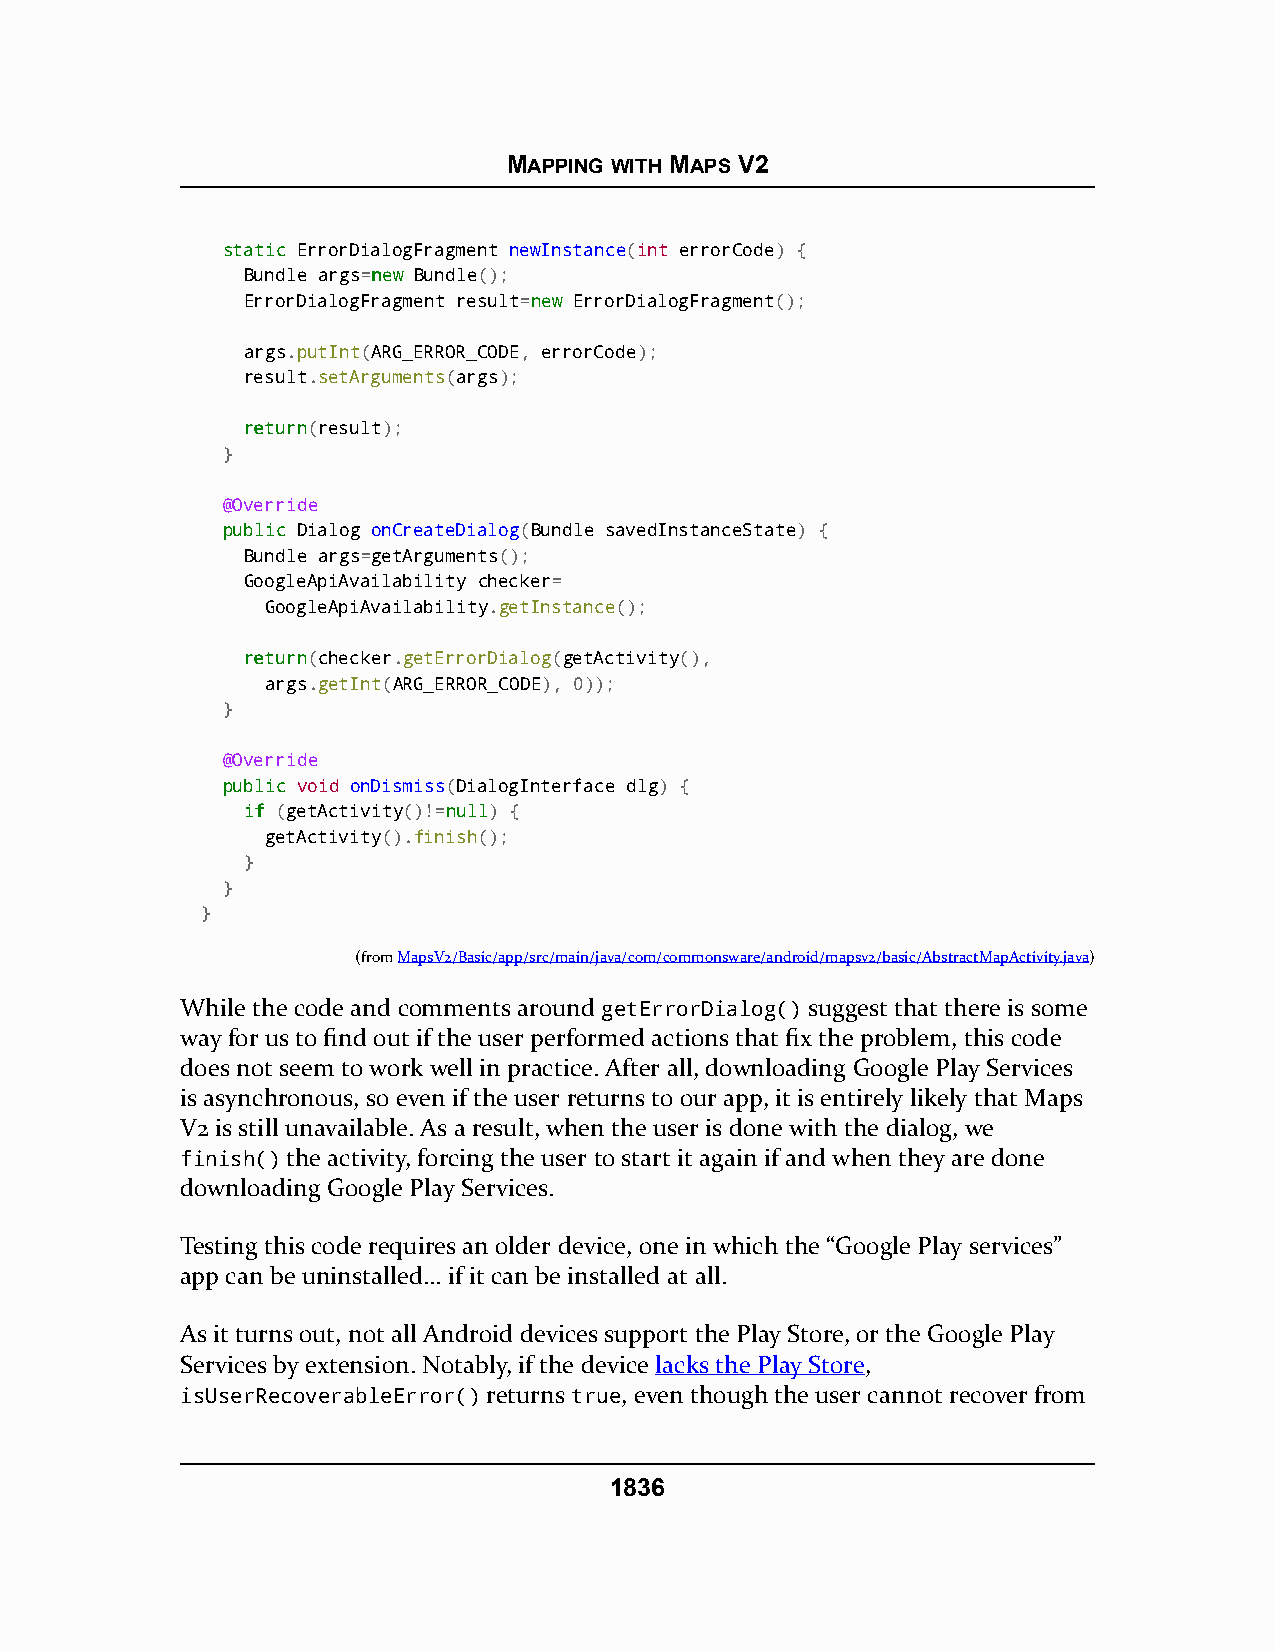
MAPPING WITH MAPS V2
 ssttaattiicc ErrorDialogFragment newInstance(int errorCode) {
 Bundle args=nneeww Bundle();
 ErrorDialogFragment result=nneeww ErrorDialogFragment();
 args.putInt(ARG_ERROR_CODE, errorCode);
 result.setArguments(args);
 rreettuurrnn(result);
 }
 @Override
 ppuubblliicc Dialog onCreateDialog(Bundle savedInstanceState) {
 Bundle args=getArguments();
 GoogleApiAvailability checker=
 GoogleApiAvailability.getInstance();
 rreettuurrnn(checker.getErrorDialog(getActivity(),
 args.getInt(ARG_ERROR_CODE), 0));
 }
 @Override
 ppuubblliicc void onDismiss(DialogInterface dlg) {
 iiff (getActivity()!=nnuullll) {
 getActivity().finish();
 }
 }
 }
 (fromMapsV2/Basic/app/src/main/java/com/commonsware/android/mapsv2/basic/AbstractMapActivity.java)
 While the code and comments around getErrorDialog() suggest that there is some
 way for us to find out if the user performed actions that fix the problem, this code
 does not seem to work well in practice. After all, downloading Google Play Services
 is asynchronous, so even if the user returns to our app, it is entirely likely that Maps
 V2 is still unavailable. As a result, when the user is done with the dialog, we
 finish() the activity, forcing the user to start it again if and when they are done
 downloading Google Play Services.
 Testing this code requires an older device, one in which the “Google Play services”
 app can be uninstalled… if it can be installed at all.
 As it turns out, not all Android devices support the Play Store, or the Google Play
 Services by extension. Notably, if the device lacks the Play Store,
 isUserRecoverableError() returns true, even though the user cannot recover from
 1836